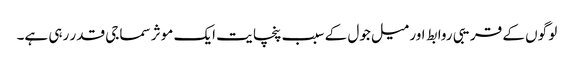
لو گوں کے قریبی روابط اور میل جول کے سبب پنچا یت ایک موثر سماجی قدر رہی ہے۔